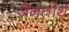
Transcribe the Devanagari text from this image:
जैनतीर्थ